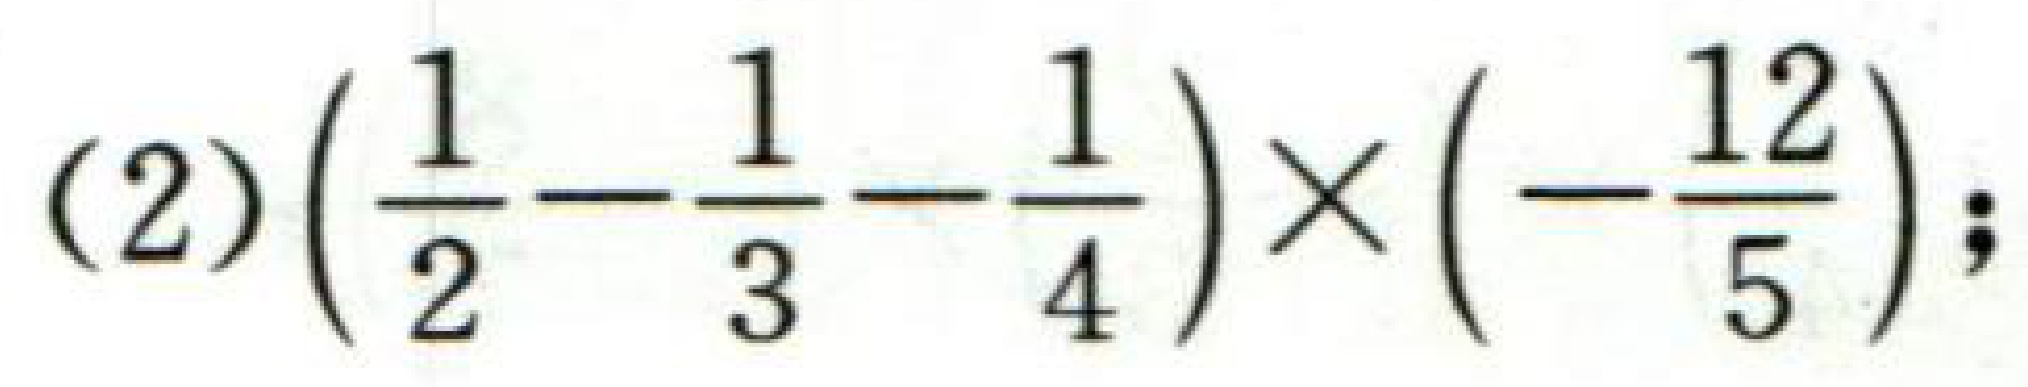
(2)\(\left(\frac{1}{2}-\frac{1}{3}-\frac{1}{4}\right)\times\left(-\frac{12}{5}\right)\);